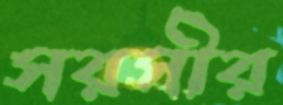
সরসীর